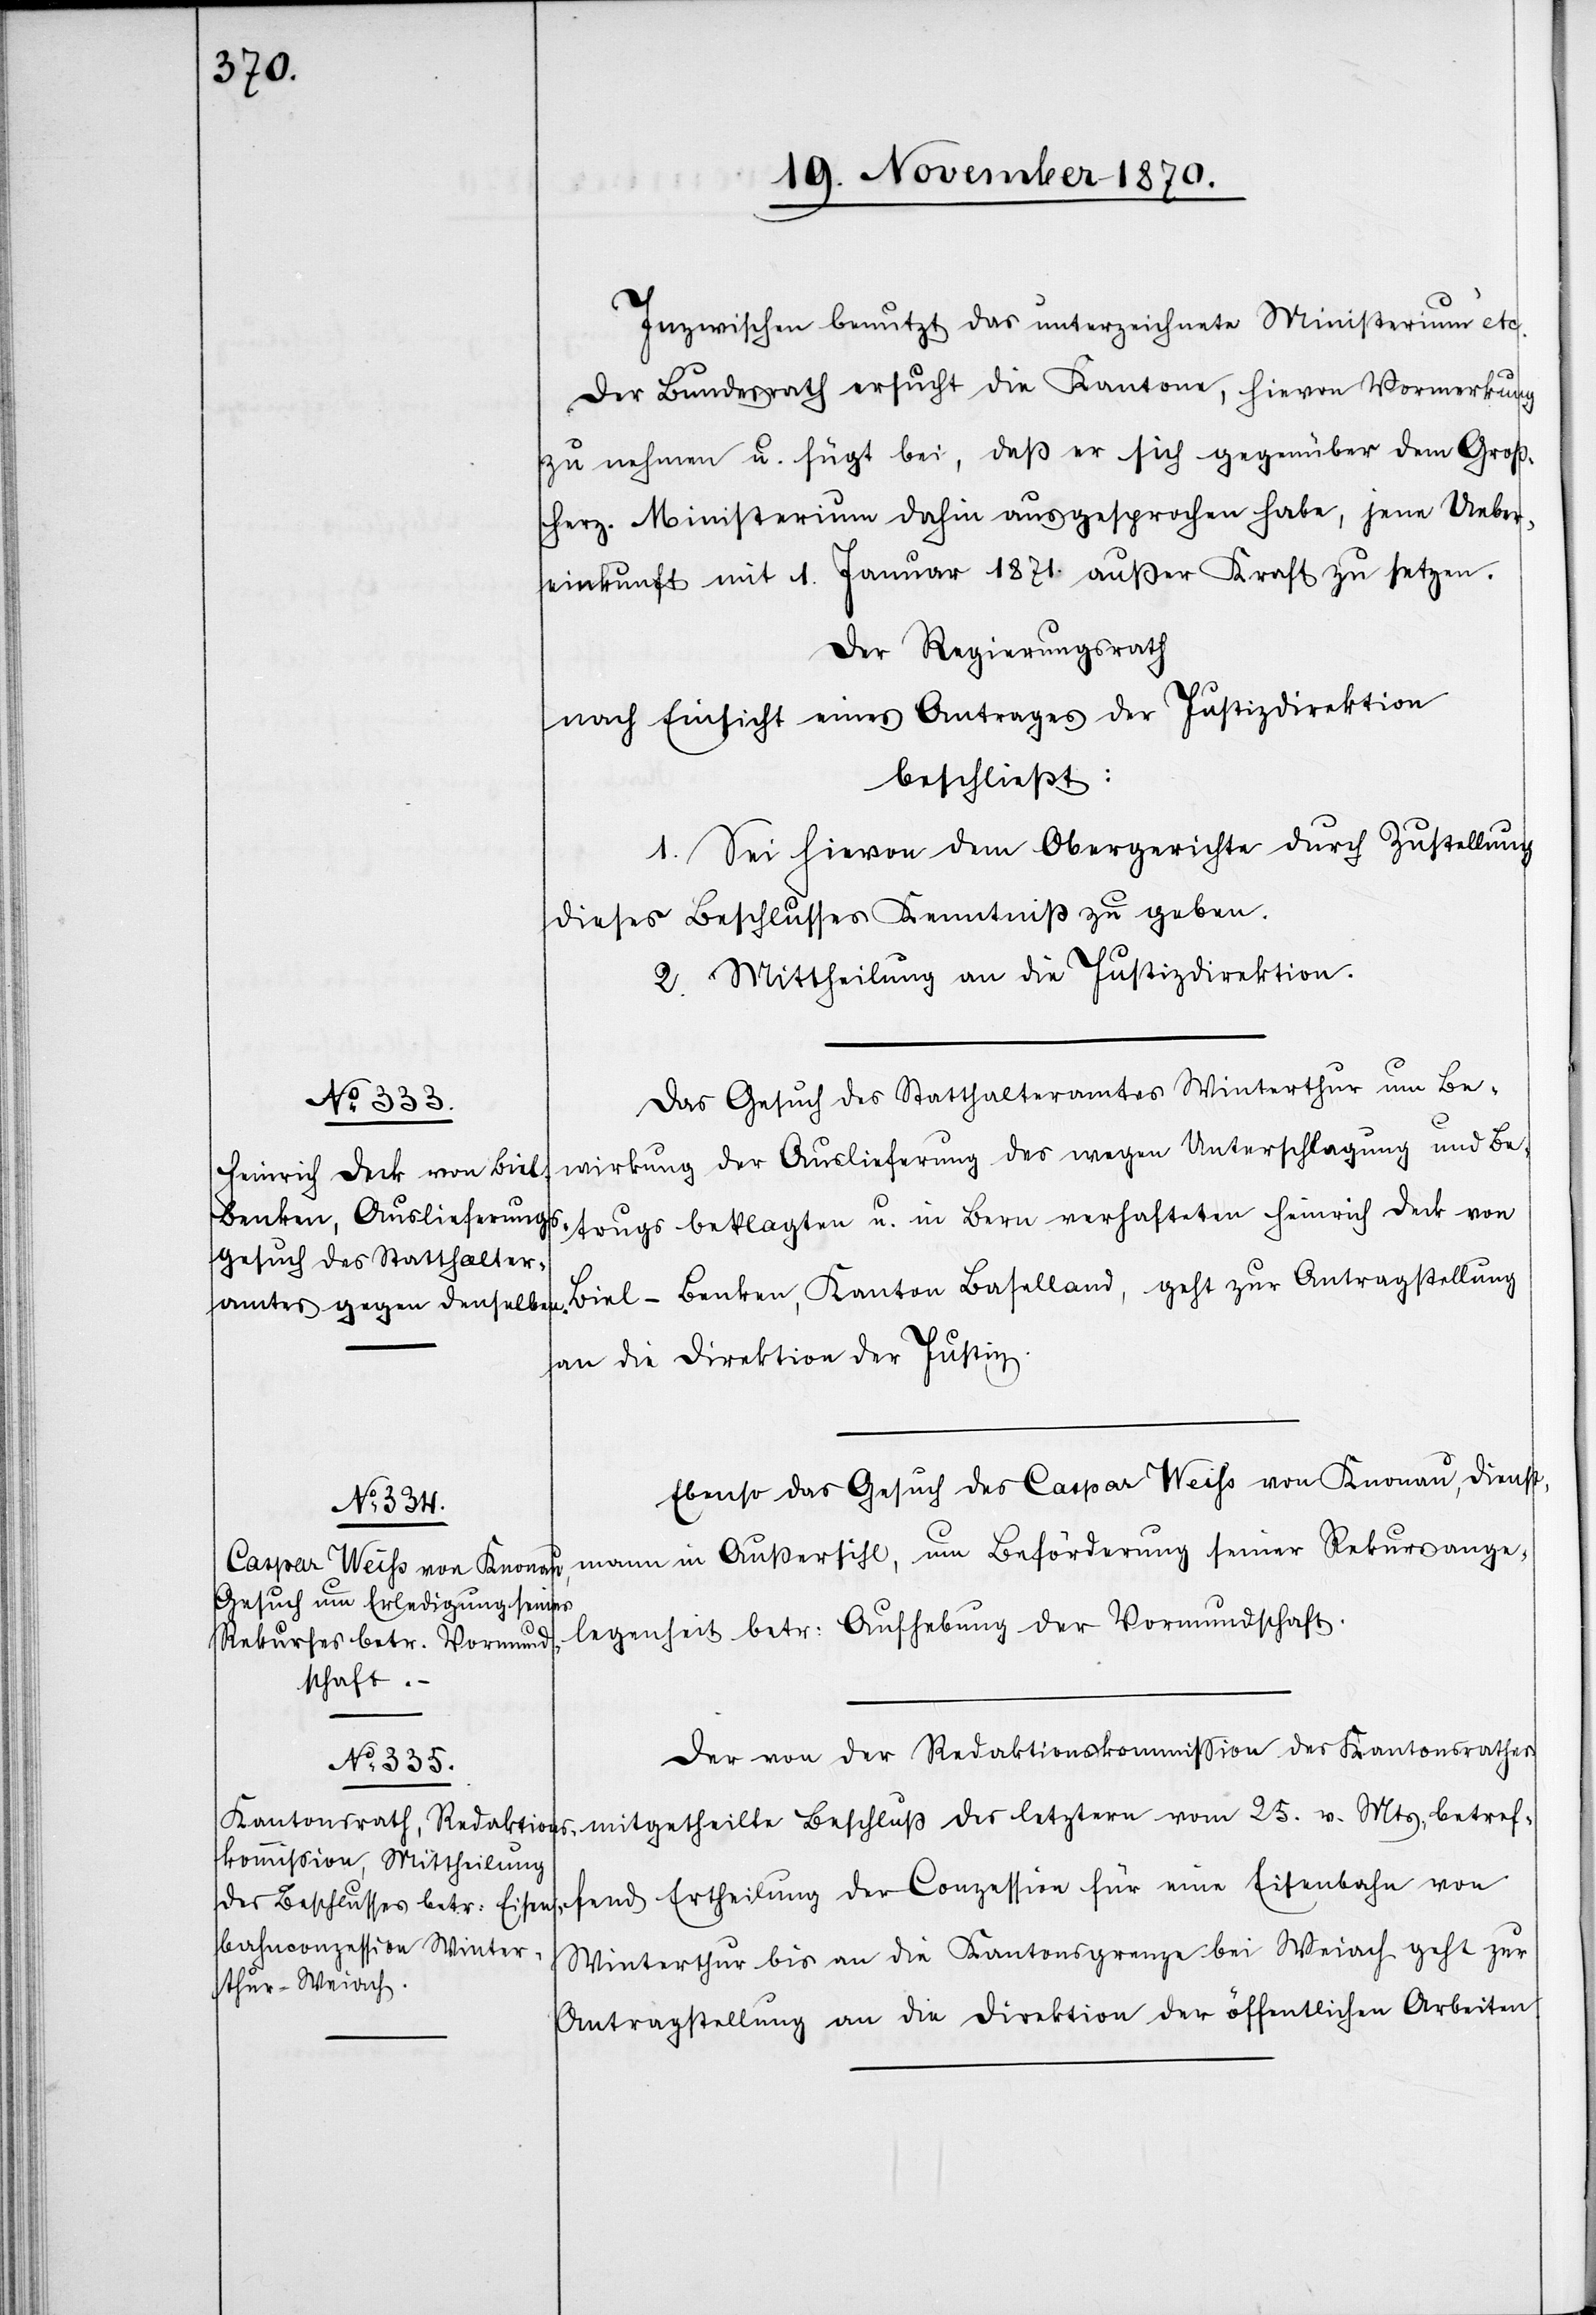
mann

Inzwischen benutzt das unterzeichnete Ministerium“ etc.
Der Bundesrath ersucht die Kantone, hievon Vormerkung
zu nehmen u. fügt bei, daß er sich gegenüber dem Groß¬
herz. Ministerium dahin ausgesprochen habe, jene Ueber¬
einkunft mit 1. Januar 1871. außer Kraft zu setzen.
Der Regierungsrath
nach Einsicht eines Antrages der Justizdirektion
beschließt:
1. Sei hievon dem Obergerichte durch Zustellung
dieses Beschlusses Kenntniß zu geben.
2. Mittheilung an die Justizdirektion.
Das Gesuch des Statthalteramtes Winterthur um Be¬
wirkung der Auslieferung des wegen Unterschlagung und Be¬
trugs beklagten u. in Bern verhafteten Heinrich Deck von
Biel-Benken, Kanton Baselland, geht zur Antragstellung
an die Direktion der Justiz.
Ebenso das Gesuch des Caspar Weiß von Knonau, Dienst¬
Der von der Redaktionskommißion des Kantonsrathes
fend Ertheilung der Conzession für eine Eisenbahn von
Winterthur bis an die Kantonsgrenze bei Weiach geht zur
Mts. betref¬
Antragstellung an die Direktion der öffentlichen Arbeiten.